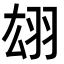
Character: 翃